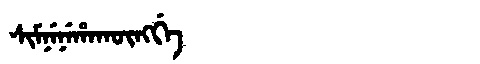
Manchu: ᠰᡳᠮᠨᡝᠨᡝᡥᠠᡴᡡᠩᡤᡝ
Romanization: SIMNENEHAKŪNGGE